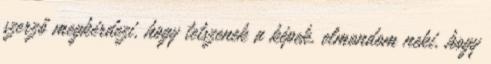
szerző megkérdezi, hogy tetszenek a képek, elmondom neki, hogy